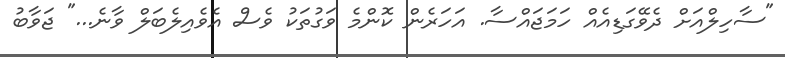
"ސާހިލްއަށް ދެވޭގަޑިއެއް ހަމަޖައްސާ. އަހަރެން ކޮންމެ ވަގުތަކު ވެސް އެވެއިލެބަލް ވާނެ..." ޖަވާބު